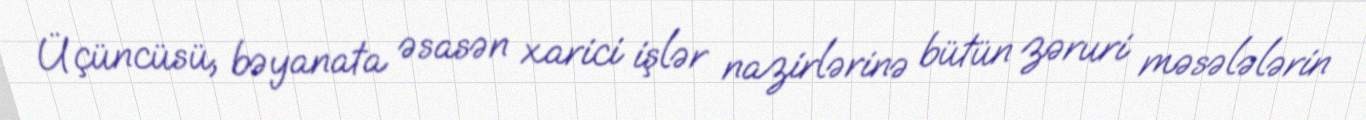
Üçüncüsü, bəyanata əsasən xarici işlər nazirlərinə bütün zəruri məsələlərin